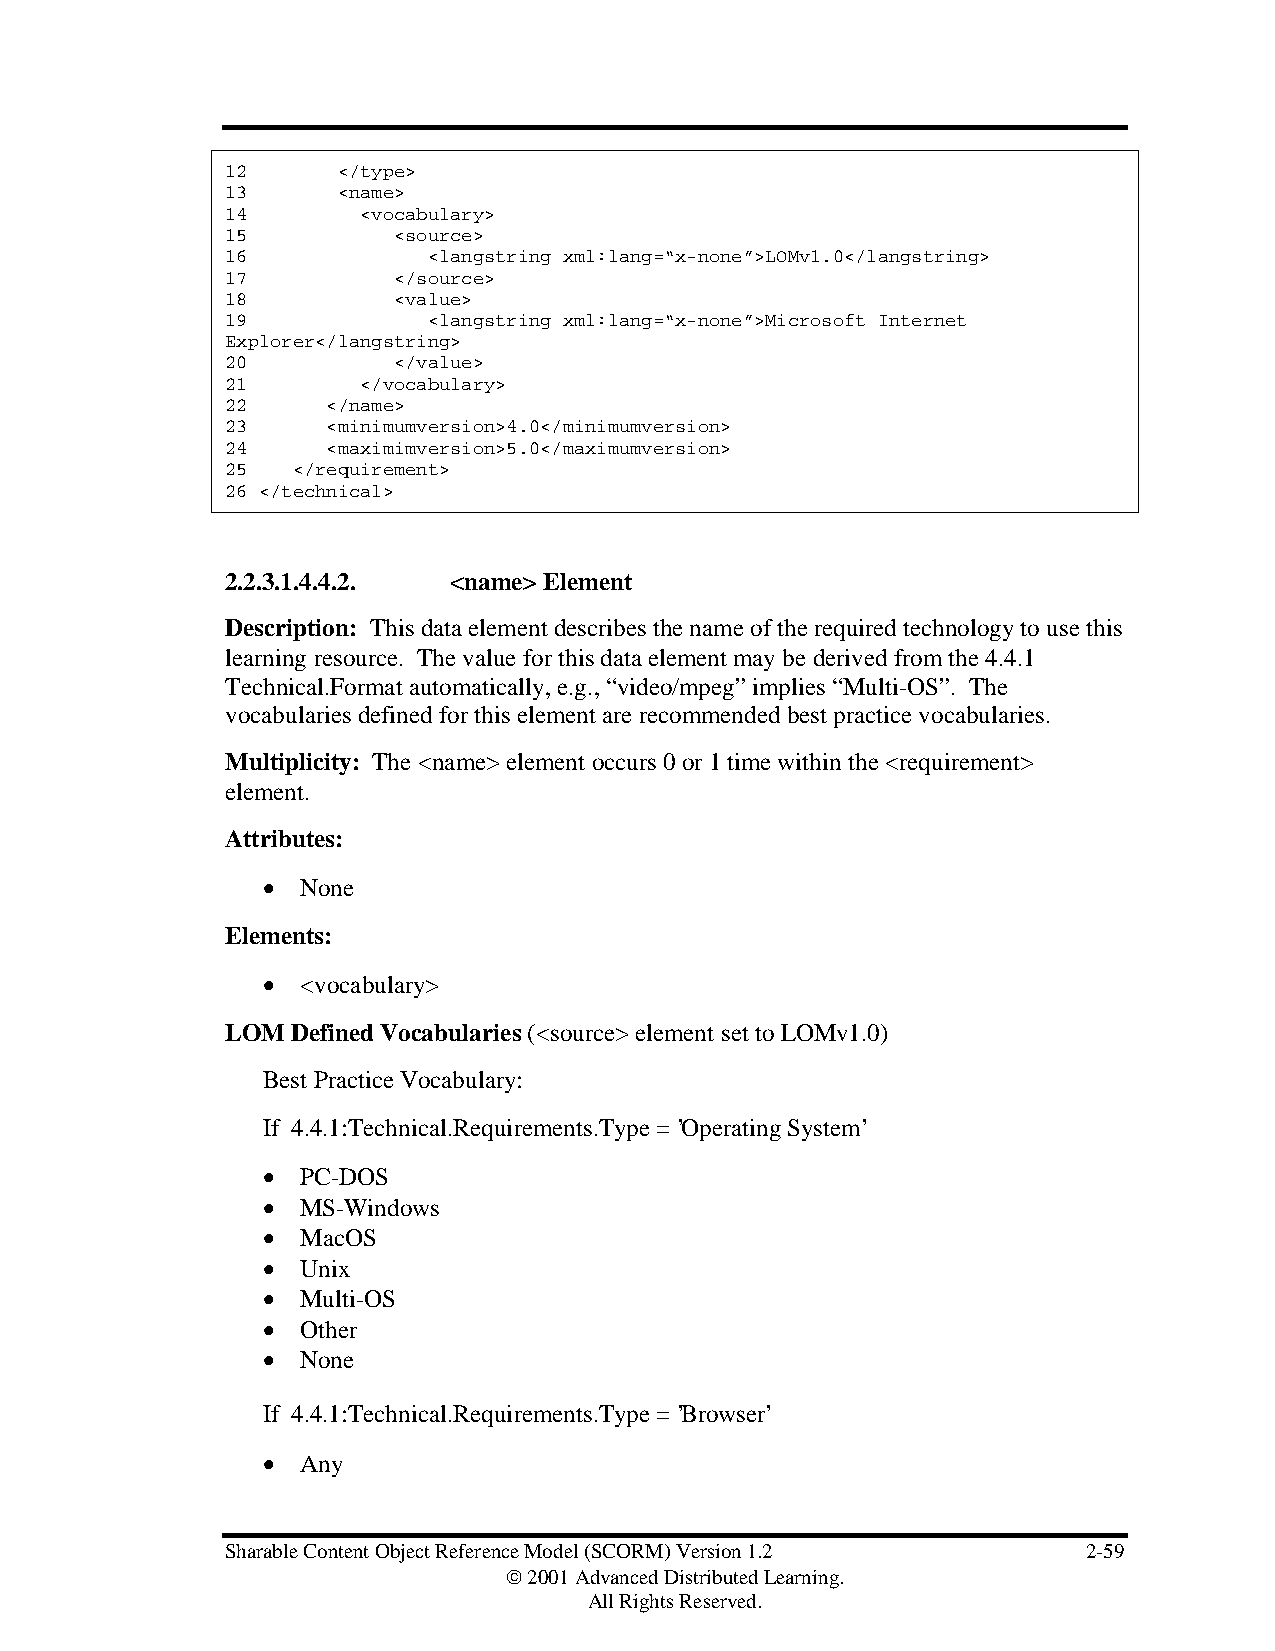
12     </type>
 13     <name>
 14       <vocabulary>
 15         <source>
 16           <langstring xml:lang=“x-none”>LOMv1.0</langstring>
 17         </source>
 18         <value>
 19           <langstring xml:lang=“x-none”>Microsoft Internet
 Explorer</langstring>
 20         </value>
 21       </vocabulary>
 22     </name>
 23     <minimumversion>4.0</minimumversion>
 24     <maximimversion>5.0</maximumversion>
 25  </requirement>
 26 </technical>
 2.2.3.1.4.4.2. <name> Element
 Description: This data element describes the name of the required technology to use this
 learning resource. The value for this data element may be derived from the 4.4.1
 Technical.Format automatically, e.g., “video/mpeg” implies “Multi-OS”. The
 vocabularies defined for this element are recommended best practice vocabularies.
 Multiplicity: The <name> element occurs 0 or 1 time within the <requirement>
 element.
 Attributes:
 •  None
 Elements:
 •  <vocabulary>
 LOM Defined Vocabularies (<source> element set to LOMv1.0)
 Best Practice Vocabulary:
 If 4.4.1:Technical.Requirements.Type = ’Operating System’
 •  PC-DOS
 •  MS-Windows
 •  MacOS
 •  Unix
 •  Multi-OS
 •  Other
 •  None
 If 4.4.1:Technical.Requirements.Type = ’Browser’
 •  Any
 Sharable Content Object Reference Model (SCORM) Version 1.2 2-59
  2001 Advanced Distributed Learning.
 All Rights Reserved.